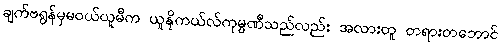
ချက်ဗရွန်မှမဝယ်ယူမီက ယူနိုကယ်လ်ကုမ္ပဏီသည်လည်း အလားတူ တရားတဘောင်